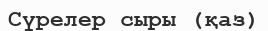
Сүрелер сыры (қаз)